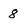
Character: 8